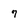
Character: 7